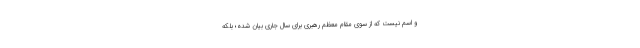
و اسم نیست که از سوی مقام معظم رهبری برای سال جاری بیان شده؛ بلکه